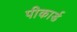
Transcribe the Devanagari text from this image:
पीकार्ड